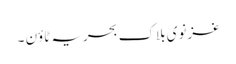
غزنوی بلاک بحریہ ٹاؤن ۔